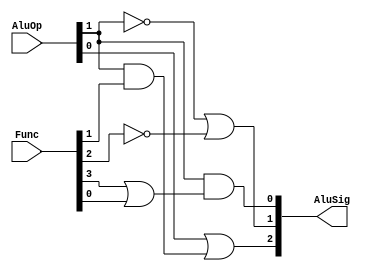

`timescale 1ns/1ns

module ALU_Control(Func, AluOp, AluSig);

input [5:0] Func;
input [1:0] AluOp;

output [2:0] AluSig;

wire AluSig0, AluSig1, AluSig2;

assign AluSig0 = AluOp[1] & (Func[3] | Func[0]);
assign AluSig1 = (~AluOp[1]) | (~Func[2]);
assign AluSig2 = AluOp[0] | (AluOp[1] & Func[1]);

assign AluSig = {AluSig2, AluSig1, AluSig0};

endmodule